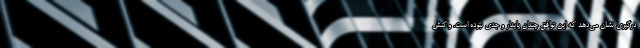
درگیری نشان می‌دهد که این توافق چندان پایدار و جدی نبوده است. واکنش